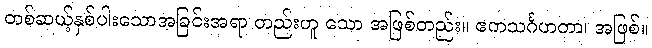
တစ်ဆယ့်နှစ်ပါးသောအခြင်းအရာ တည်းဟူ သော အဖြစ်တည်း။ ဧကသင်္ဂဟတာ၊ အဖြစ်။